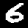
Label: 6